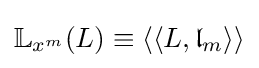
\mathbb {L} _{x^{m}}(L)\equiv {\langle \langle }L,{\mathfrak {l}}_{m}{\rangle \rangle }